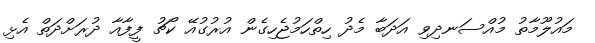
މައުލޫމާތު މުއްސަނދިވި އަދަބާ މެދު ހިތްހަމުޖެހިގެން އުރުގުއޭ ކޯޗު ފީފާއާ ދުރަށްދަތް އެޅި